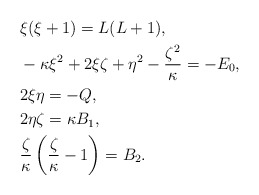
\begin{align*} &\xi(\xi+1) = L(L+1), \\ &- \kappa \xi^2 + 2\xi\zeta + \eta^2 - \frac{\zeta^2}{\kappa} = - E_0, \\ &2\xi\eta = -Q, \\ &2\eta\zeta = \kappa B_1, \\ &\frac{\zeta}{\kappa} \left(\frac{\zeta}{\kappa}-1\right) = B_2. \end{align*}